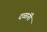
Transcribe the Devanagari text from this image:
दळांनी